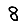
Digit: 8